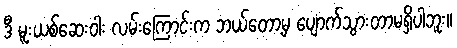
ဒီ မူးယစ်ဆေးဝါး လမ်းကြောင်းက ဘယ်တော့မှ ပျောက်သွားတာမရှိပါဘူး။